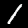
Digit: 1